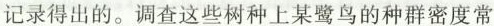
记录得出的。调查这些树种上某鹭鸟的种群密度常